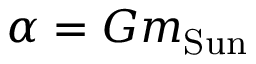
\alpha = G m _ { \mathrm { S u n } }